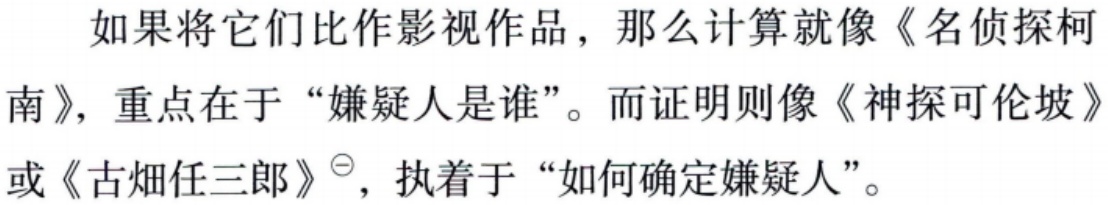
如果将它们比作影视作品，那么计算就像《名侦探柯南》，重点在于“嫌疑人是谁”。而证明则像《神探可伦坡》或《古畑任三郎》\(^{\ominus}\)，执着于“如何确定嫌疑人”。